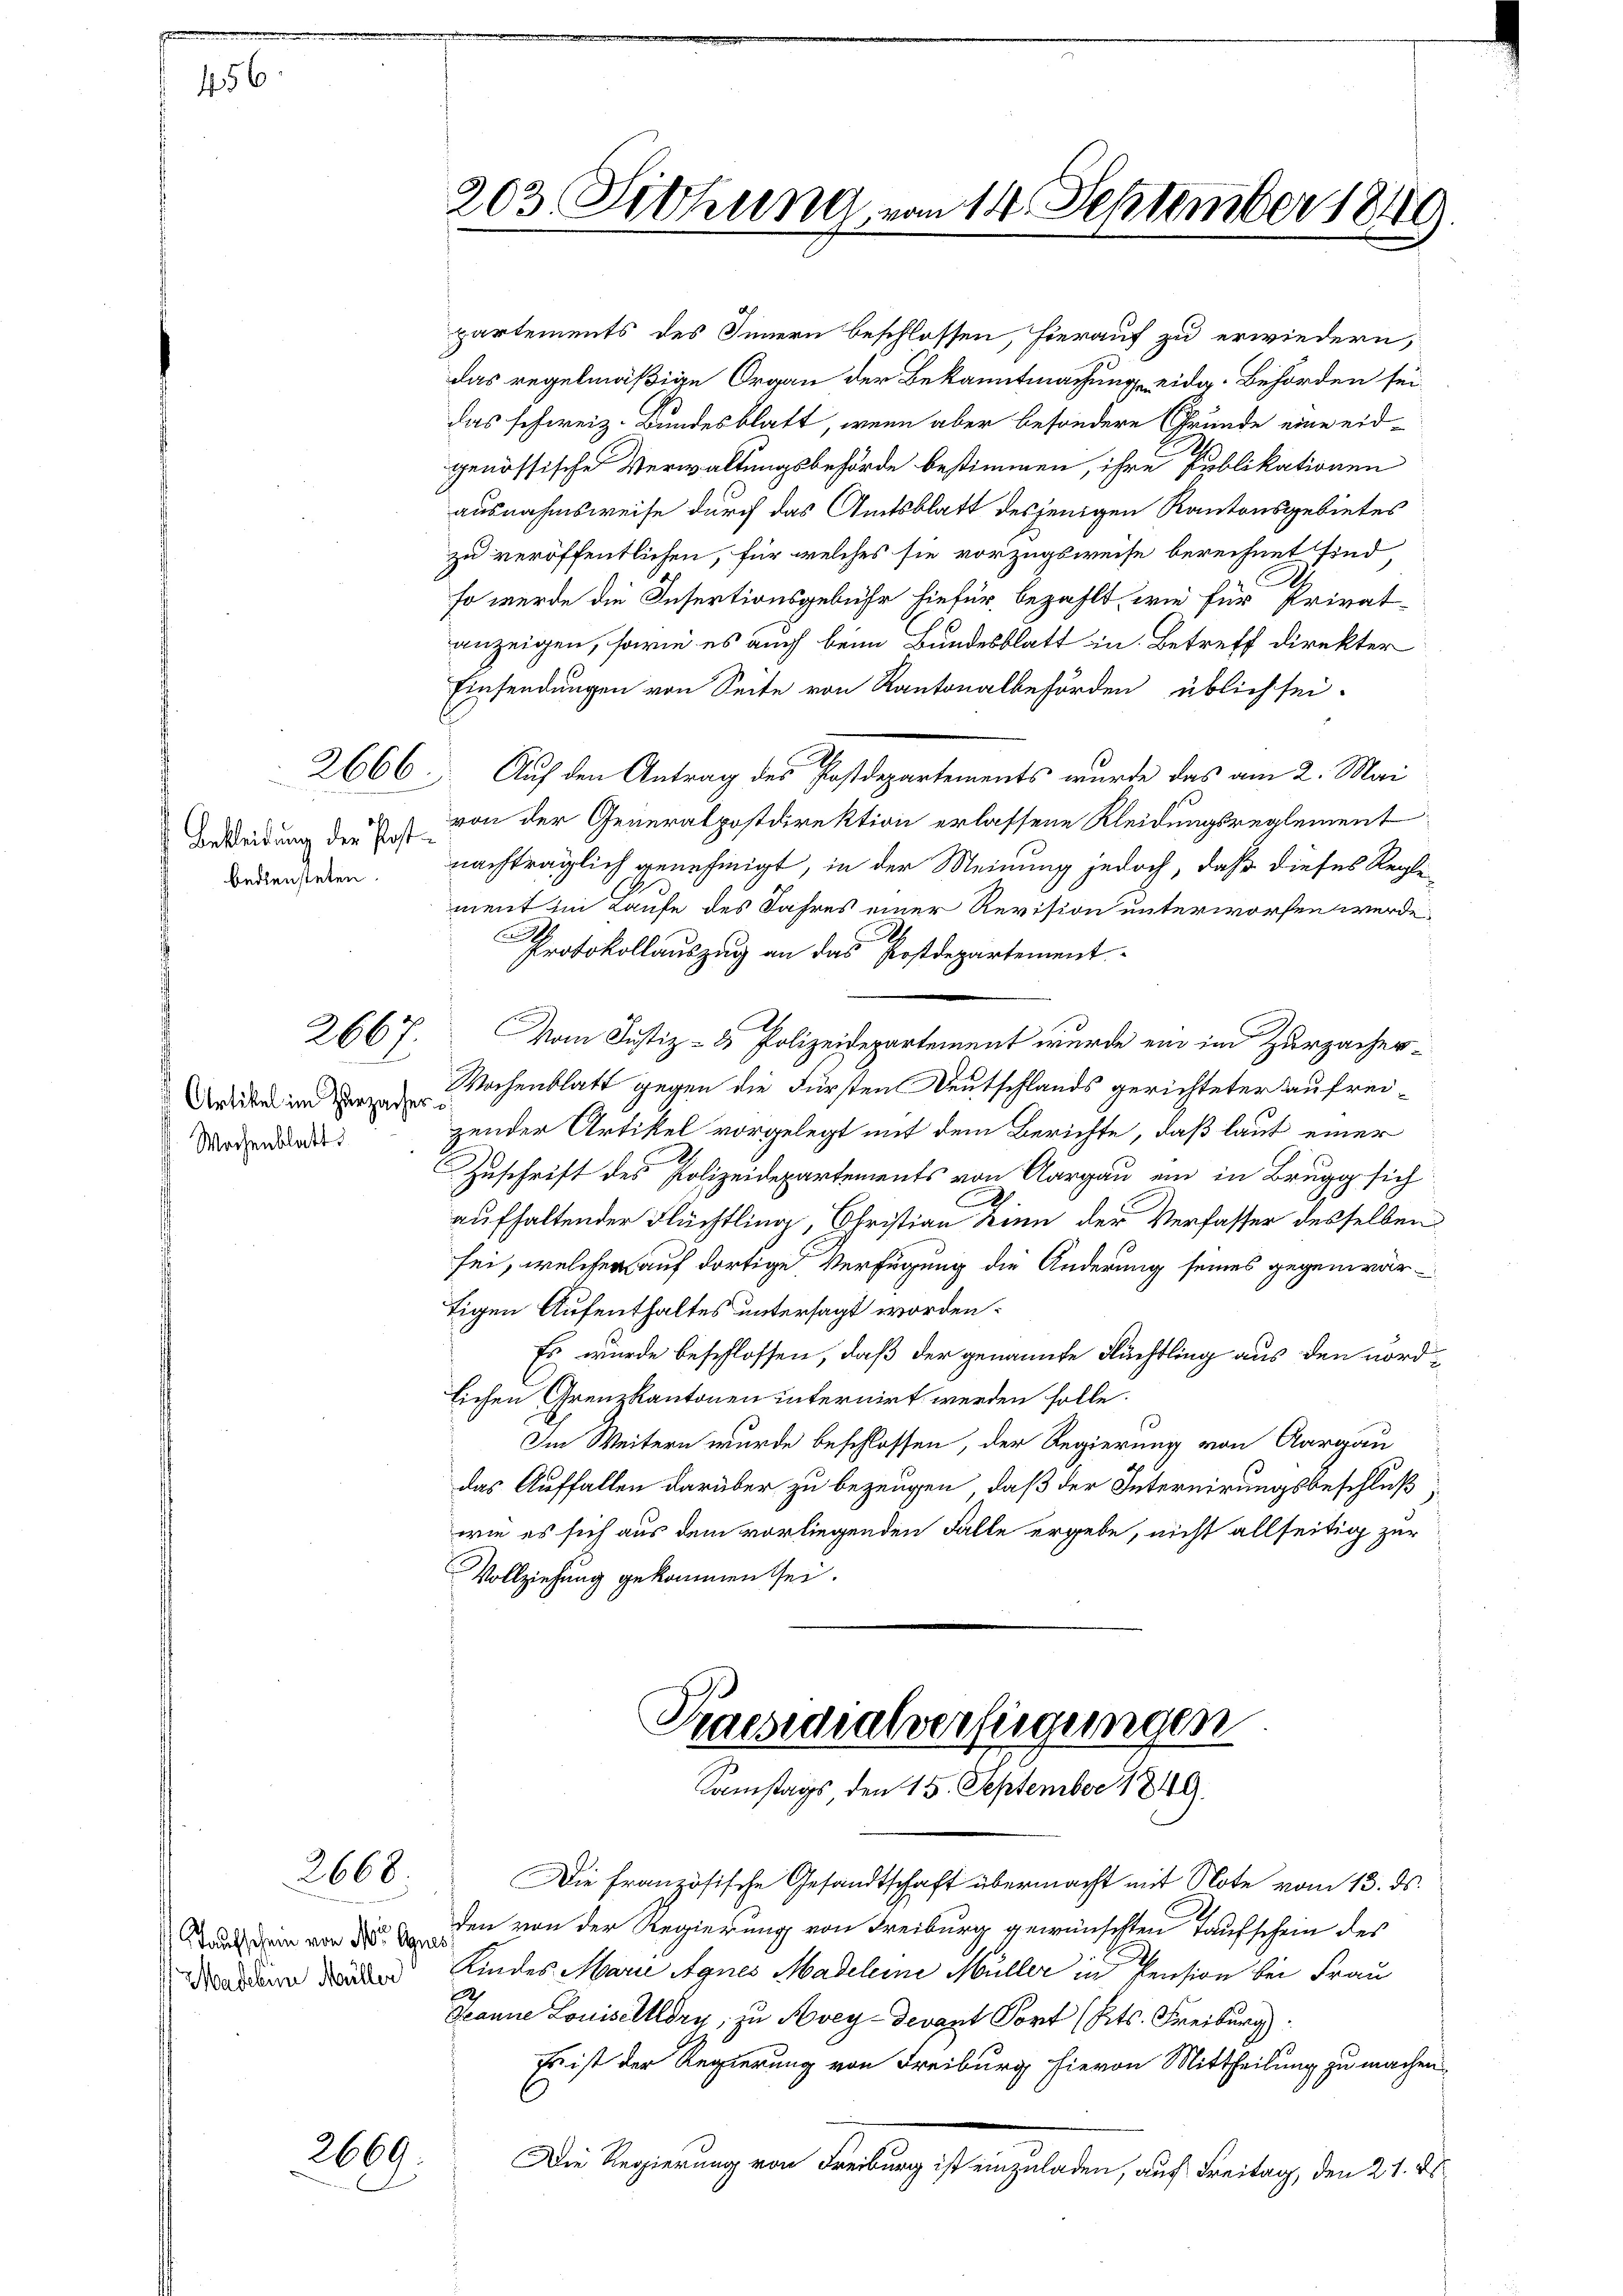
456

bediensteten.

2667.

B
Artikel im Zurzacher¬
Wochenblatt.

2668.

aufschein von der Agne
Madelin Müller

2669

203. Sitzung vom 14. September 1846

partements des Innern beschlossen, hierauf zu erwiedern,
das regelmäßige Organ der Bekanntmachung eidg. Behörden sei
das schweiz. Bundesblatt, wenn aber besondere Grunde eine eid-
genössische Verwaltungsbehörde bestimmen, ihre Publikationen
ausnahmsweise durch das Amtsblatt desjenigen Kantonsgebietes
zu veröffentlichen, für welches sie vorzugsweise berechnet sind,
so werde die Insertionsgebühr hiefür bezahlt, wie für Privat-
anzeigen, sowie es auch beim Bundesblatt in Betreff direkter
Einsendungen von Seite von Kantonalbehörden üblich sei-
2666. Auf den Antrag des Postdepartements wurde das am 2. Mai
Beleidung der Erst von der Generalpostdirektion erlassene Kleidungsreglement
nachträglich genehmigt, in der Meinung jedoch, daß dieses Reglement im Laufe des Jahres einer Revision unterworfen werde.
Protokollauszug an das Postdepartement
Vom Justiz- & Polizeidepartement wurde ein im Zurzacher¬
Wochenblatt gegen die Fürsten Deutschlands gerichteter aufreizender Artikel vorgelegt mit dem Berichte, daß laut einer
2
Zuschrift des Polizeidepartements von Aargau ein in Brugg sich
aufhaltender Flüchtling, Christian Zinn der Verfasser desselben
sei, welcher auf dortige Verfügung die Änderung seines gegenwärtigen Aufenthaltes untersagt worden.
Es wurde beschlossen, daß der genannte Flüchtling aus den nordlichen Grenzkantonen internirt werden solle.
Im Weitern wurde beschlossen, der Regierung von Aargau
das Auffallen darüber zu bezeugen, daß der Internirungsbeschluß
wie es sich aus dem vorliegenden Fälle ergebe, nicht allseitig zur
Vollziehung gekommen sei.

Praesidialverfügungen
Samstags, den 15. September 1849.

Die französische Gesandtschaft übermacht mit Note vom 13. ds.
den von der Regierung von Freiburg gewünschten Taufschein des
Kindes Marie Agnes Madeleine Müller in Pension bei Frau
2
Jeanne Louiselllöry, zu Avey-Devant Fort (Kts. Freiburg
Es ist der Regierung von Freiburg hievon Mittheilung zu machen.
C
Die Regierung von Freiburg ist einzuladen, auf Freitag, den 21. ds.